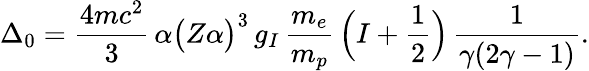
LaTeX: \Delta_{0}=\frac{4mc^{2}}{3}\, \alpha\big(Z\alpha\big)^{3}\, g_{I}\, \frac{m_{e}}{m_{p}}\, \Big(I+\frac{1}{2}\Big)\, \frac{1}{\gamma(2\gamma-1)}.